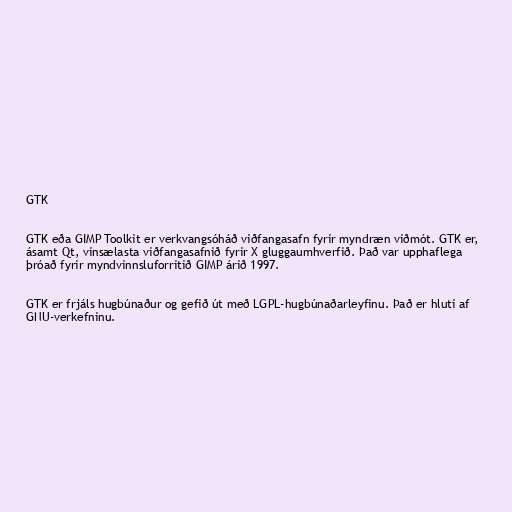
GTK

GTK eða GIMP Toolkit er verkvangsóháð viðfangasafn fyrir myndræn viðmót. GTK er,
ásamt Qt, vinsælasta viðfangasafnið fyrir X gluggaumhverfið. Það var upphaflega
þróað fyrir myndvinnsluforritið GIMP árið 1997.

GTK er frjáls hugbúnaður og gefið út með LGPL-hugbúnaðarleyfinu. Það er hluti af
GNU-verkefninu.